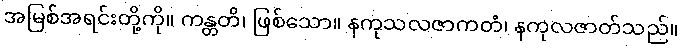
အမြစ်အရင်းတို့ကို။ ကန္တတိ၊ ဖြစ်သော။ နကုသလဇာကတံ၊ နကုလဇာတ်သည်။